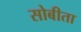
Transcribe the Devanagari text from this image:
सोबीता